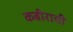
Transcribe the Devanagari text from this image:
कबीराची